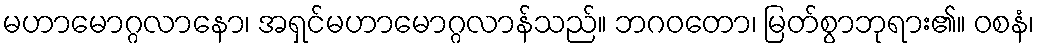
မဟာမောဂ္ဂလာနော၊ အရှင်မဟာမောဂ္ဂလာန်သည်။ ဘဂဝတော၊ မြတ်စွာဘုရား၏။ ဝစနံ၊